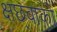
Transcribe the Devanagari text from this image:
क्षछ्वाको